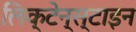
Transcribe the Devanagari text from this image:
लिक्टेन्स्टाइन